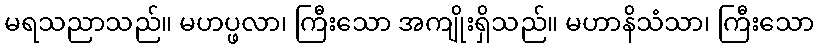
မရသညာသည်။ မဟပ္ဖလာ၊ ကြီးသော အကျိုးရှိသည်။ မဟာနိသံသာ၊ ကြီးသော